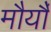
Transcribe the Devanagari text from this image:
मौर्यौं